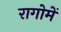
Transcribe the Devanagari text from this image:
रागोमें